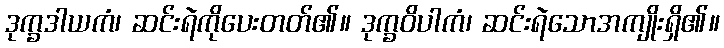
ဒုက္ခဒါယကံ၊ ဆင်းရဲကိုပေးတတ်၏။ ဒုက္ခဝိပါကံ၊ ဆင်းရဲသောအကျိုးရှိ၏။